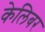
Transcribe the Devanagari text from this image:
केलिबर